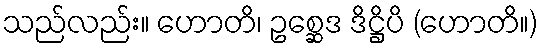
သည်လည်း။ ဟောတိ၊ ဥစ္ဆေဒ ဒိဋ္ဌိပိ (ဟောတိ။)